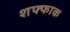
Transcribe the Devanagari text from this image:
शफ्फाक